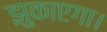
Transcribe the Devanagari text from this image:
झुकाएगा।